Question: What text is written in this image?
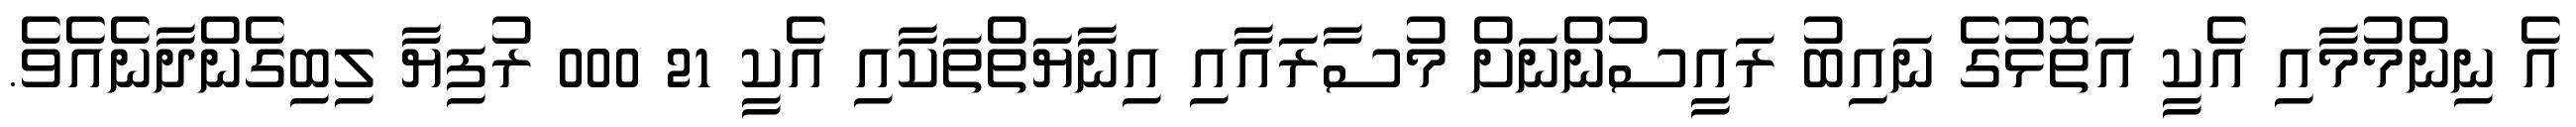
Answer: އެ ނިންމުމާއި އެކީ އަތޮޅުގެ ނައިބު ރައީސުންނަށް މުސާރައާއި އިނާޔަތްތަކާއި އެކީ 21 000 ރުފިޔާ ލިބިގެންދާނެއެވެ.